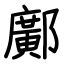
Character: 鄺